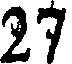
27